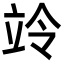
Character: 竛